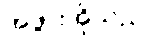
အဖွားအိုသည်